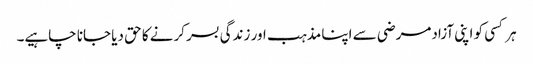
ہر کسی کو اپنی آزادمرضی سے اپنا مذہب اور زندگی بسر کرنے کا حق دیا جانا چاہیے۔